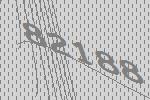
82188